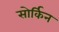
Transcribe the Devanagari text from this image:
सोर्किन